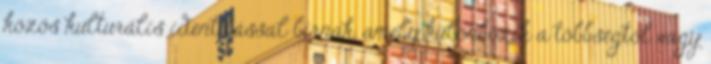
közös kulturális identitással bírnak, amely különbözik a többségtől vagy